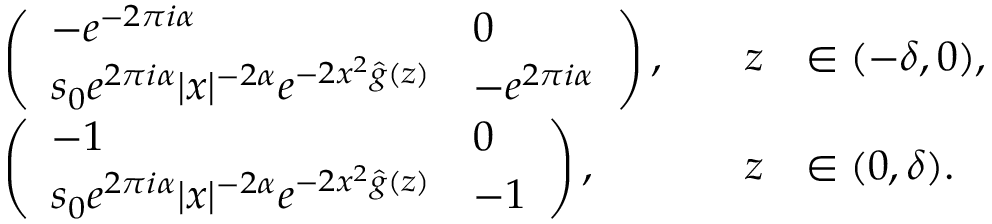
\begin{array} { r l r l } & { \left( \begin{array} { l l } { - e ^ { - 2 \pi i \alpha } } & { 0 } \\ { s _ { 0 } e ^ { 2 \pi i \alpha } | x | ^ { - 2 \alpha } e ^ { - 2 x ^ { 2 } \widehat { g } ( z ) } } & { - e ^ { 2 \pi i \alpha } } \end{array} \right) , \quad } & { z } & { \in ( - \delta , 0 ) , } \\ & { \left( \begin{array} { l l } { - 1 } & { 0 } \\ { s _ { 0 } e ^ { 2 \pi i \alpha } | x | ^ { - 2 \alpha } e ^ { - 2 x ^ { 2 } \widehat { g } ( z ) } } & { - 1 } \end{array} \right) , \quad } & { z } & { \in ( 0 , \delta ) . } \end{array}